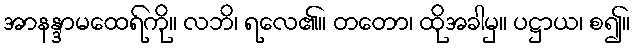
အာနန္ဒာမထေရ်ကို။ လဘိ၊ ရလေ၏။ တတော၊ ထိုအခါမှ။ ပဋ္ဌာယ၊ စ၍။